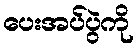
ပေးအပ်ပွဲကို